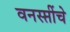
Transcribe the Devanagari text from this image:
वनस्प्तींचे